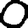
Digit: 0